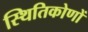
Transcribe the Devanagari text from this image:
स्थितिकोणों